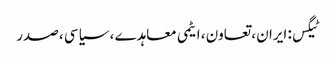
ٹیگس: ایران ، تعاون ، ایٹمی معاہدے ، سیاسی ، صدر